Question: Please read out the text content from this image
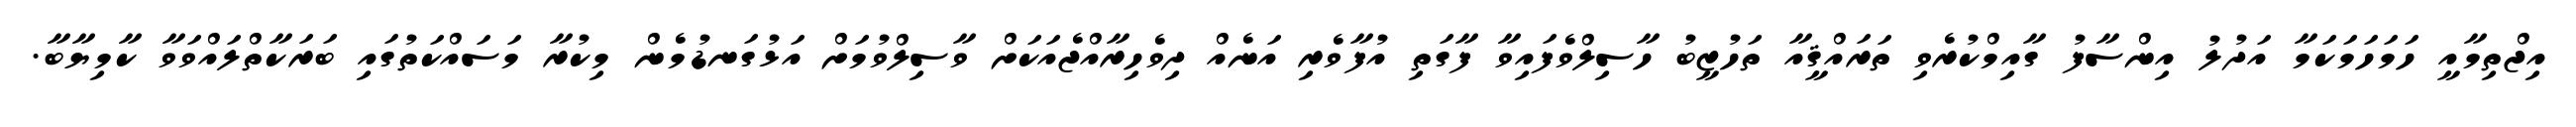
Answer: އިޖްތިމާއީ ހަމަހަމަކަމާ އަދުލު އިންސާފު ގާއިމްކުރެވި ތަރައްޤީއާ ތަހުޒީބު ހާސިލްވެފައިވާ ފާގަތި އުފާވެރި އަނެއް ދިވެހިރާއްޖެއަކަށް ވާސިލްވުމަށް އަޅުގަނޑުމެން މިކުރާ މަސައްކަތުގައި ބަރަކާތްލައްވަވާ ކާމިޔާބާ.